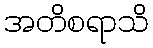
အတိစရာသိ